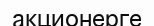
акционерге